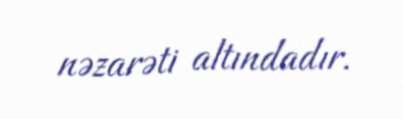
nəzarəti altındadır.